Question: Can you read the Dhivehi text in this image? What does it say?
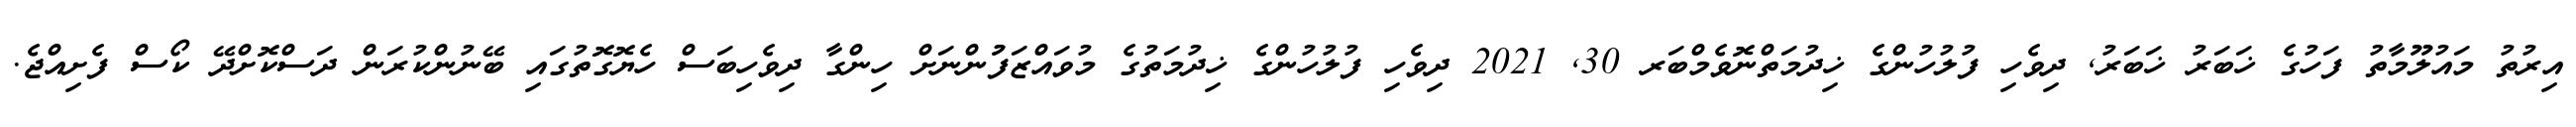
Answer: އިރުތު މައުލޫމާތު ފަހުގެ ޚަބަރު ޚަބަރު, ދިވެހި ފުލުހުންގެ ޚިދުމަތްނޮވެމްބަރ 30, 2021 ދިވެހި ފުލުހުންގެ ޚިދުމަތުގެ މުވައްޒަފުުންނަށް ހިންގާ ދިވެހިބަސް ހެޔޮގޮތުގައި ބޭނުންކުރަން ދަސްކޮށްދޭ ކޯސް ފެށިއްޖެ.